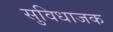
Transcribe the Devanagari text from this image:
सुविधाजक